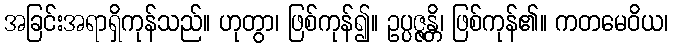
အခြင်းအရာရှိကုန်သည်။ ဟုတွာ၊ ဖြစ်ကုန်၍။ ဥပ္ပဇ္ဇန္တိ၊ ဖြစ်ကုန်၏။ ကတမေဝိယ၊